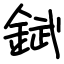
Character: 錻